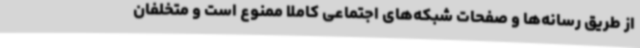
از طریق رسانه‌ها و صفحات شبکه‌های اجتماعی کاملاً ممنوع است و متخلفان